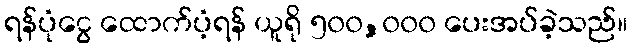
ရန်ပုံငွေ ထောက်ပံ့ရန် ယူရို ၅၀၀,၀၀၀ ပေးအပ်ခဲ့သည်။